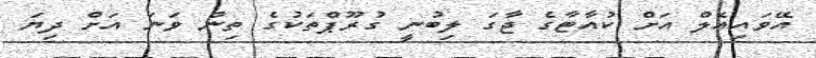
އޭވައިއެލް އަށް ކުއާޓާގެ ޖާގަ ލިބުނީ ގުރޫޕްތަކުގެ ތިން ވަނަ އަށް ދިޔަ